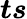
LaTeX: \boldsymbol{ts}